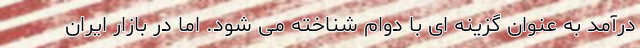
درآمد به عنوان گزینه ای با دوام شناخته می شود. اما در بازار ایران